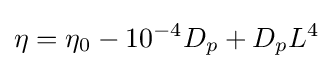
\eta =\eta _{0}-10^{-4}D_{p}+D_{p}L_{}^{4}